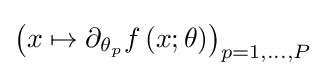
\left(x\mapsto \partial _{\theta _{p}}f\left(x;\theta \right)\right)_{p=1,\ldots ,P}